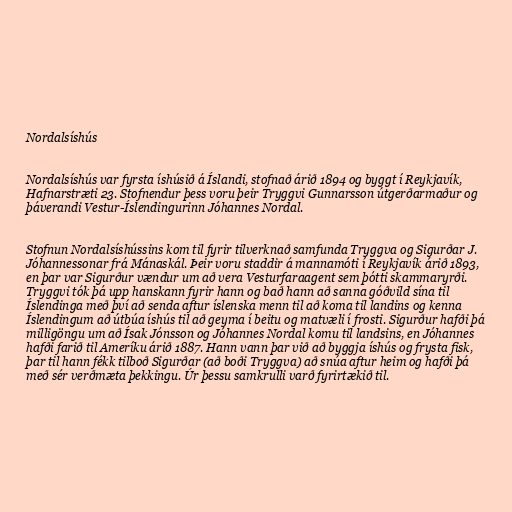
Nordalsíshús

Nordalsíshús var fyrsta íshúsið á Íslandi, stofnað árið 1894 og byggt í Reykjavík,
Hafnarstræti 23. Stofnendur þess voru þeir Tryggvi Gunnarsson útgerðarmaður og
þáverandi Vestur-Íslendingurinn Jóhannes Nordal.

Stofnun Nordalsíshússins kom til fyrir tilverknað samfunda Tryggva og Sigurðar J.
Jóhannessonar frá Mánaskál. Þeir voru staddir á mannamóti í Reykjavík árið 1893,
en þar var Sigurður vændur um að vera Vesturfaraagent sem þótti skammaryrði.
Tryggvi tók þá upp hanskann fyrir hann og bað hann að sanna góðvild sína til
Íslendinga með því að senda aftur íslenska menn til að koma til landins og kenna
Íslendingum að útbúa íshús til að geyma í beitu og matvæli í frosti. Sigurður hafði þá
milligöngu um að Ísak Jónsson og Jóhannes Nordal komu til landsins, en Jóhannes
hafði farið til Ameríku árið 1887. Hann vann þar við að byggja íshús og frysta fisk,
þar til hann fékk tilboð Sigurðar (að boði Tryggva) að snúa aftur heim og hafði þá
með sér verðmæta þekkingu. Úr þessu samkrulli varð fyrirtækið til.